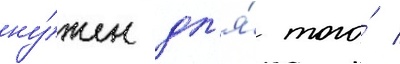
ну́жен дл'я́ того́ /